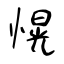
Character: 愰